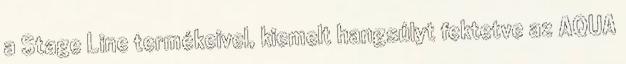
a Stage Line termékeivel, kiemelt hangsúlyt fektetve az AQUA